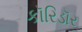
કૉરિડૉર